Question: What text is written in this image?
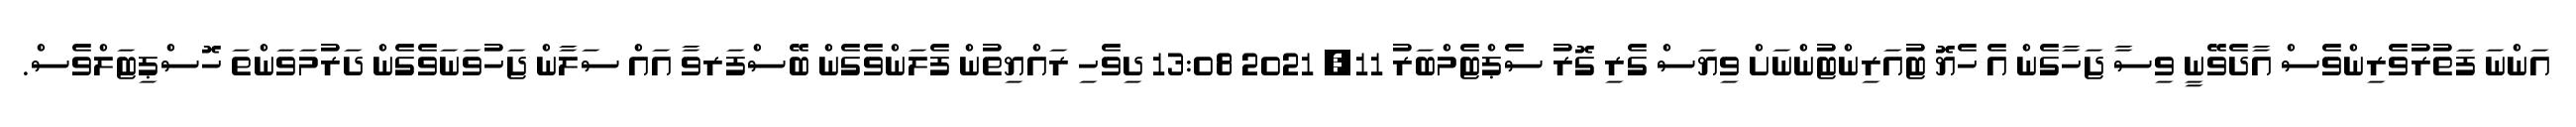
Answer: އަންނަ ފަތުރުވެރިންވެސް އާދެވޭނީ ވިސާ ޖަހާގެން އެ ހެޔޮ ޓުއަރިންޓުންނަށް ވިޔަސް ގެރި ގޮރު ސެޕްޓެމްބަރު 11, 2021 13:08 ދިވެހި ރައްޔިތުން ފެލަންވެގެން ބޭސްފަރވާ އައް ސަލާން ޖަހުވަނަވެގެން ދަރުމަވަންތަ ހޮސްޕިޓަލްވެސް.